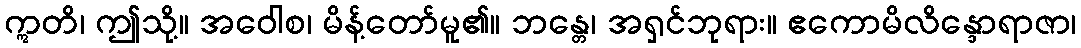
ဣတိ၊ ဤသို့။ အဝေါစ၊ မိန့်တော်မူ၏။ ဘန္တေ၊ အရှင်ဘုရား။ ဧကောမိလိန္ဒောရာဇာ၊